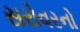
સરોવરનો